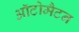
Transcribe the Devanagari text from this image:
ऑटोमैटन